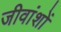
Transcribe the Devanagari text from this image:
जीवांशों